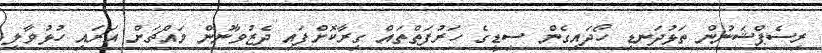
ރިސެޕްޝަނުން ތަޅުދަނޑި ހޯދައިގެން ސިޑީގެ ހަރުފަތްތައް ގިރާކޮށްފައި ދެޒުވާނުން މައްޗަށް އަރައި ހުޅުވާލި